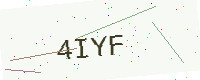
Text: 4IYF